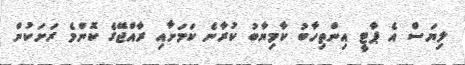
ލިޔަސް އެ ޕާޓީ އިންތިހާބު ކާމިޔާބު ކުރާނެ ކަމަށާއި ރާއްޖޭގެ ކޮންމެ ރަށަކުން